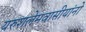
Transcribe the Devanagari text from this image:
यरुशलेमवासीयांनो